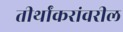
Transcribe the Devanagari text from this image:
तीर्थांकरांवरील